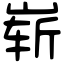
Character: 崭